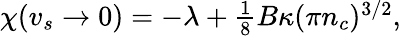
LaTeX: \begin{array}{r}{\chi(v_{s}\to 0)=-\lambda+\frac{1}{8}B\kappa(\pi n_{c})^{3/2},}\end{array}